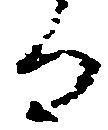
而